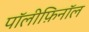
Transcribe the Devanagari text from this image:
पॉलीफ़िनॉल